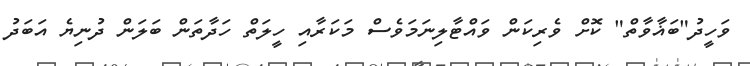
ވަހީދު"ބަޣާވާތް" ކޮށް ވެރިކަން ވައްޓާލިނަމަވެސް މަކަރާއި ހީލަތް ހަދާތަން ބަލަން ދުނިޔެ އަބަދު